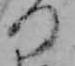
つ